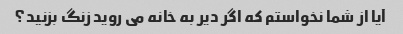
آیا از شما نخواستم که اگر دیر به خانه می روید زنگ بزنید؟